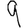
Digit: 9